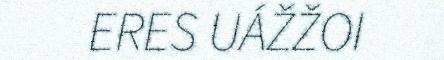
ERES UÁŽŽOI